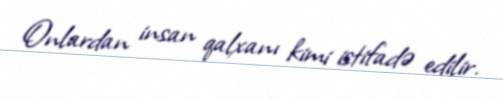
Onlardan insan qalxanı kimi istifadə edilir.